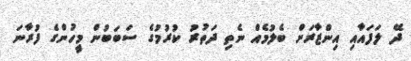
ދޭ ލަފައާއި އިންޒާރަށް ބެލުމެއް ނެތި ދަތުރު ކުރުމުގެ ސަބަބުން މީހުންގެ ފުރާނަ